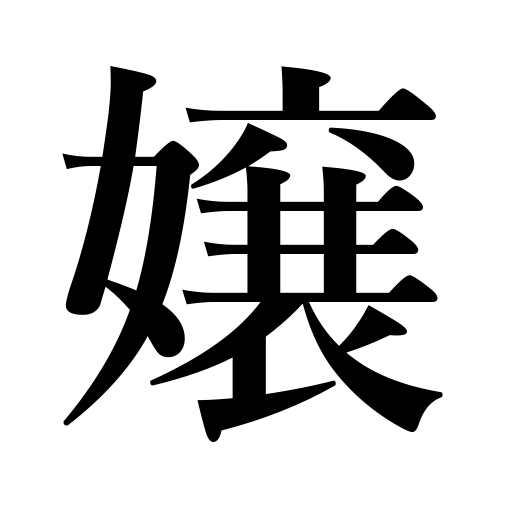
Meanings: girl,young lady,Miss.,daughter